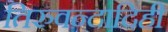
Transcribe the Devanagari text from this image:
तिरुवन्दादिही